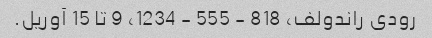
رودی راندولف، 818 - 555 - 1234، 9 تا 15 آوریل.